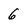
Character: 6